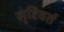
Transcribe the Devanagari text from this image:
सृष्टिवर्त